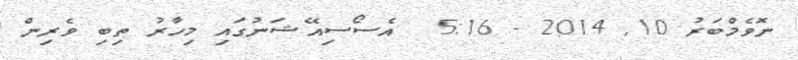
ނޮވެމްބަރު 10